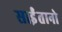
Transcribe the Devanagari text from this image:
साईंतानो